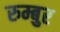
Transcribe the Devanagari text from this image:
रुम्बुर